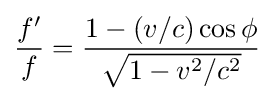
{\frac {f'}{f}}={\frac {1-(v/c)\cos {\phi }}{\sqrt {1-v^{2}/c^{2}}}}